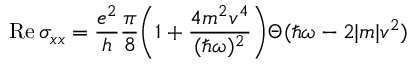
\mathrm { R e } \, \sigma _ { x x } = \frac { e ^ { 2 } } { h } \frac { \pi } { 8 } \bigg ( 1 + \frac { 4 m ^ { 2 } v ^ { 4 } } { ( \hbar \omega ) ^ { 2 } } \bigg ) \Theta ( \hbar \omega - 2 | m | v ^ { 2 } )